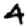
Digit: 4